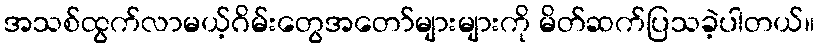
အသစ်ထွက်လာမယ့်ဂိမ်းတွေအတော်များများကို မိတ်ဆက်ပြသခဲ့ပါတယ်။